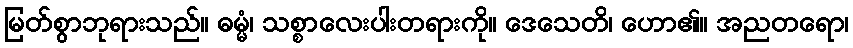
မြတ်စွာဘုရားသည်။ ဓမ္မံ၊ သစ္စာလေးပါးတရားကို။ ဒေသေတိ၊ ဟော၏။ အညတရော၊